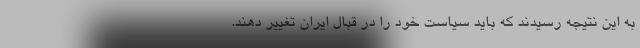
به این نتیجه رسیدند که باید سیاست خود را در قبال ایران تغییر دهند.